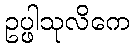
ဥပ္ဖါသုလိကေ